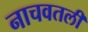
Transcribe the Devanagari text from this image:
नाचवतली